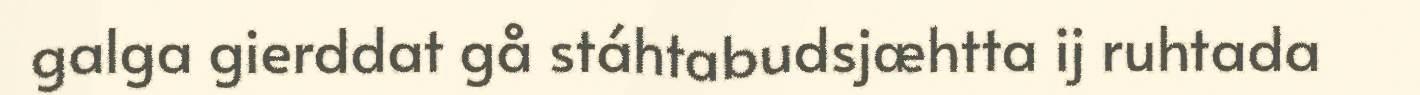
galga gierddat gå stáhtabudsjæhtta ij ruhtada